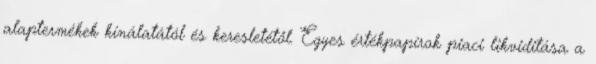
alaptermékek kínálatától és keresletétől. Egyes értékpapírok piaci likviditása a